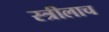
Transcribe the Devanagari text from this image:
स्त्रीलाच